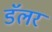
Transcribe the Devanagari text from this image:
डॅलर